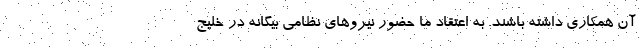
آن همکاری داشته باشند. به اعتقاد ما حضور نیروهای نظامی بیگانه در خلیج